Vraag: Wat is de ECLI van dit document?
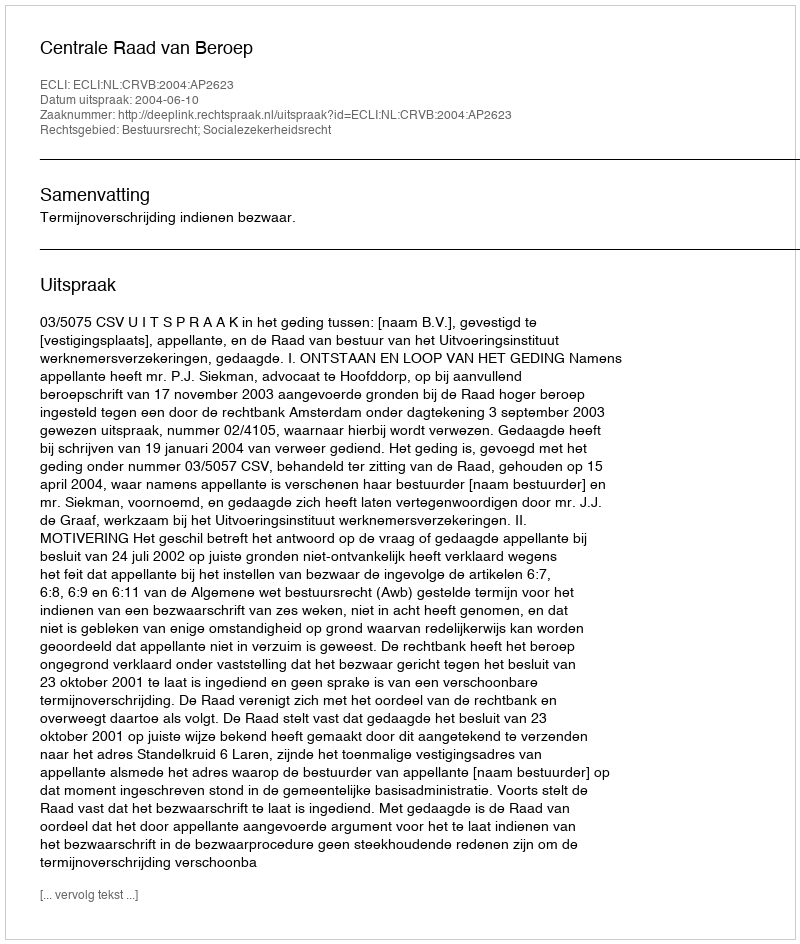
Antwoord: ECLI:NL:CRVB:2004:AP2623